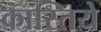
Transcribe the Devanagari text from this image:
कास्तिये